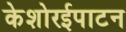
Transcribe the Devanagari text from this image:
केशोरईपाटन